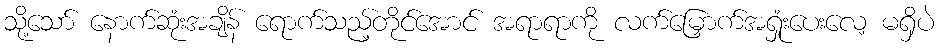
သို့သော် နောက်ဆုံးအချိန် ရောက်သည့်တိုင်အောင် အရာရာကို လက်မြှောက်အရှုံးပေးလေ့ မရှိပဲ